Sketch of the medical history of the native army of Bombay, for the year
Year: 1876
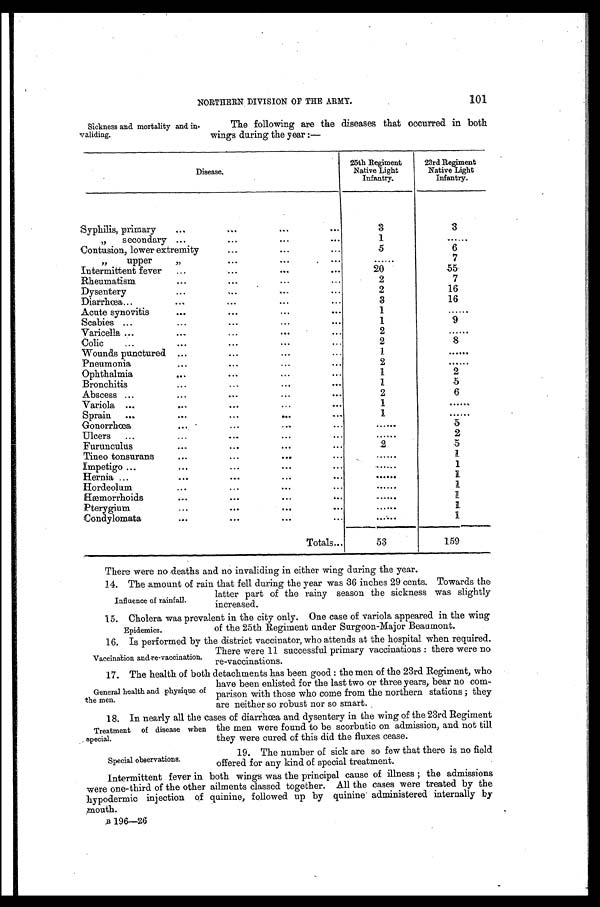
NORTHERN DIVISION OF THE ARMY. 101
Sickness and mortality and in-
validing.
The following are the diseases that occurred in both
wings during the year :—
Disease.
25th Regiment
Native Light
Infantry.
23rd Regiment
Native Light
Infantry.
Syphilis, primary
...
...
...
....
3
3
„
secondary ...
.
.
. . . ..
. . .
1
. . .
Contusion, lower extremity
...
...
...
5
6
„
upper
,,
. ..
...
...
. . . . . .
7
Intermittent fever
...
...
...
...
20
55
Rheumatism
...
... ... . ..
2
7
Dysentery
...
,..
...
...
2
16
Diarrhœ a...
...
...
...
.. .
3
16
Acute synovitis
...
...
.. .
...
1
......
Scabies ...
...
...
...
...
1
9
Varicella ...
....
...
...
...
2
......
Colic
...
...
. ..
...
...
2
8
Wounds punctured ...
...
.. .
. . .
1
......
Pneumonia
...
...
...
...
2
......
Ophthalmia
...
. ...
. . .
.. .
1
2
Bronchitis
...
...
...
...
1
5
Abscess ...
...
...
...
. . .
2
6
Variola ...
...
...
...
. . .
1
......
S p rain ...
...
...
...
. . .
1
......
Gonorrhœa
... ...
...
...
......
5
Ulcers
...
...
... ...
...
......
2
Furunculus
...
...
...
...
2
5
Tineo tonsurans
...
...
...
...
......
1
Impetigo ...
...
...
...
...
......
1
Hernia ...
...
...
...
...
. . . . . .
1
Hordeolum
...
...
...
. . .
......
1
Hæmorrhoids
...
...
...
...
......
1
Pterygium
...
...
...
......
1
Condylomata
...
...
...
...
......
1
Totals...
5 3
159
There ware no deaths and no invaliding in either wing during the year.
14. The amount of rain that fell during the year was 36 inches 29 cents. Towards the
latter part of the rainy season the sickness was slightly
increased.
15. Cholera was prevalent in the city only. One case of variola appeared in the wing
of the 25th Regiment under Surgeon-Major Beaumont.
16. Is performed by the district vaccinator, who attends at the hospital when required.
There were 11 successful primary vaccinations : there were no
re-vaccinations.
17. The health of both detachments has been good : the men of the 23rd Regiment, who
have been enlisted for the last two or three years, bear no com-
parison with those who come from the northern stations ; they
are neither so robust nor so smart.
18. In nearly all the cases of diarrhœa and dysentery in the wing of the 23rd Regiment
the men were found to be scorbutic on admission, and not till
they were cured of this did the fluxes cease.
Influence of rainfall.
Epidemics.
Vaccination and re-vaccination.
General health and physique of
the men.
Treatment of disease when
special.
Special observations.
19. The number of sick are so few that there is no field
offered for any kind of special treatment.
Intermittent fever in both wings was the principal cause of illness ; the admissions
were one-third of the other ailments classed together. All the cases were treated by the
hypodermic injection of quinine, followed up by quinine administered internally by
mouth.
B 196—26